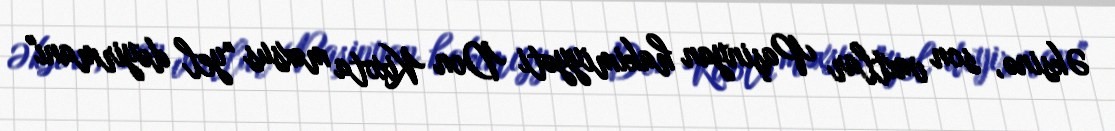
Əksinə, son vaxtlar Paşinyan hakimiyyəti Don Kixota məxsus "yel dəyirmanı"